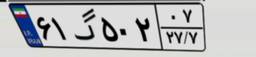
۰۴گ۶۱۴۰۹